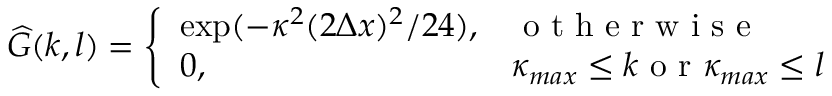
\widehat { G } ( k , l ) = \left\{ \begin{array} { l l } { \exp ( - \kappa ^ { 2 } ( 2 \Delta x ) ^ { 2 } / 2 4 ) , } & { \mathrm { ~ o ~ t ~ h ~ e ~ r ~ w ~ i ~ s ~ e ~ } } \\ { 0 , } & { \kappa _ { m a x } \leq k \mathrm { ~ o ~ r ~ } \kappa _ { m a x } \leq l } \end{array} \right.